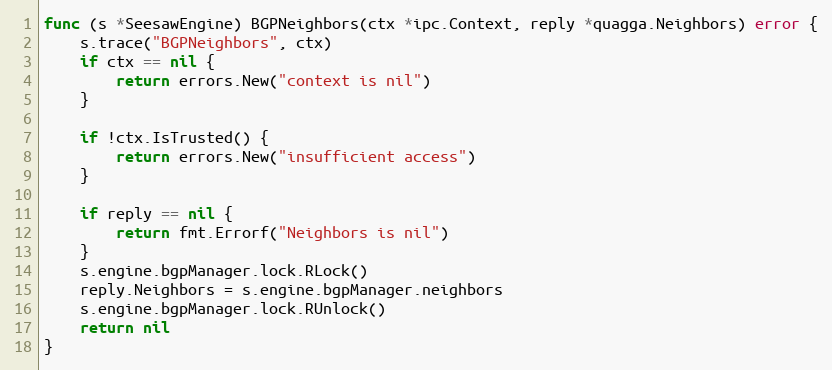
Language: Go
func (s *SeesawEngine) BGPNeighbors(ctx *ipc.Context, reply *quagga.Neighbors) error {
	s.trace("BGPNeighbors", ctx)
	if ctx == nil {
		return errors.New("context is nil")
	}

	if !ctx.IsTrusted() {
		return errors.New("insufficient access")
	}

	if reply == nil {
		return fmt.Errorf("Neighbors is nil")
	}
	s.engine.bgpManager.lock.RLock()
	reply.Neighbors = s.engine.bgpManager.neighbors
	s.engine.bgpManager.lock.RUnlock()
	return nil
}